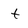
Character: t